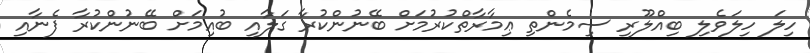
ހިލަ ހިލަވެލި ބިއްލޫރި ސިމެންތި ޢިމާރާތްކުރުމަށް ބޭނުންކުރާ ގަލާއި ބުއިމަށް ބޭނުންކުރާ ފެނާއި